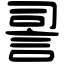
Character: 䛐